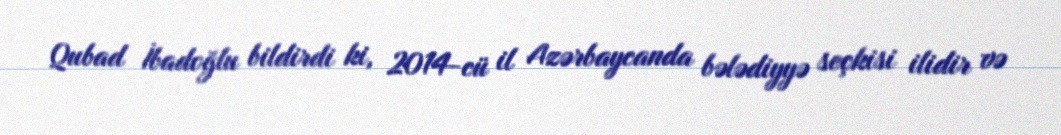
Qubad İbadoğlu bildirdi ki, 2014-cü il Azərbaycanda bələdiyyə seçkisi ilidir və